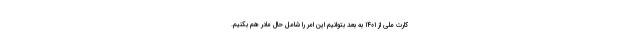
کارت ملی از ۱۴۰۱ به بعد بتوانیم این امر را شامل حال مادر هم بکنیم.